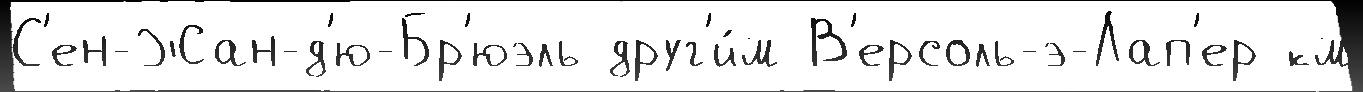
С'ен-Жан-д'ю-Бр'юэль друг'и́м В'ерсоль-э-Лап'ер км